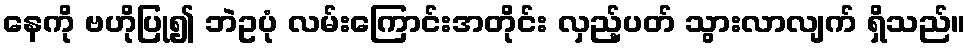
နေကို ဗဟိုပြု၍ ဘဲဥပုံ လမ်းကြောင်းအတိုင်း လှည့်ပတ် သွားလာလျက် ရှိသည်။